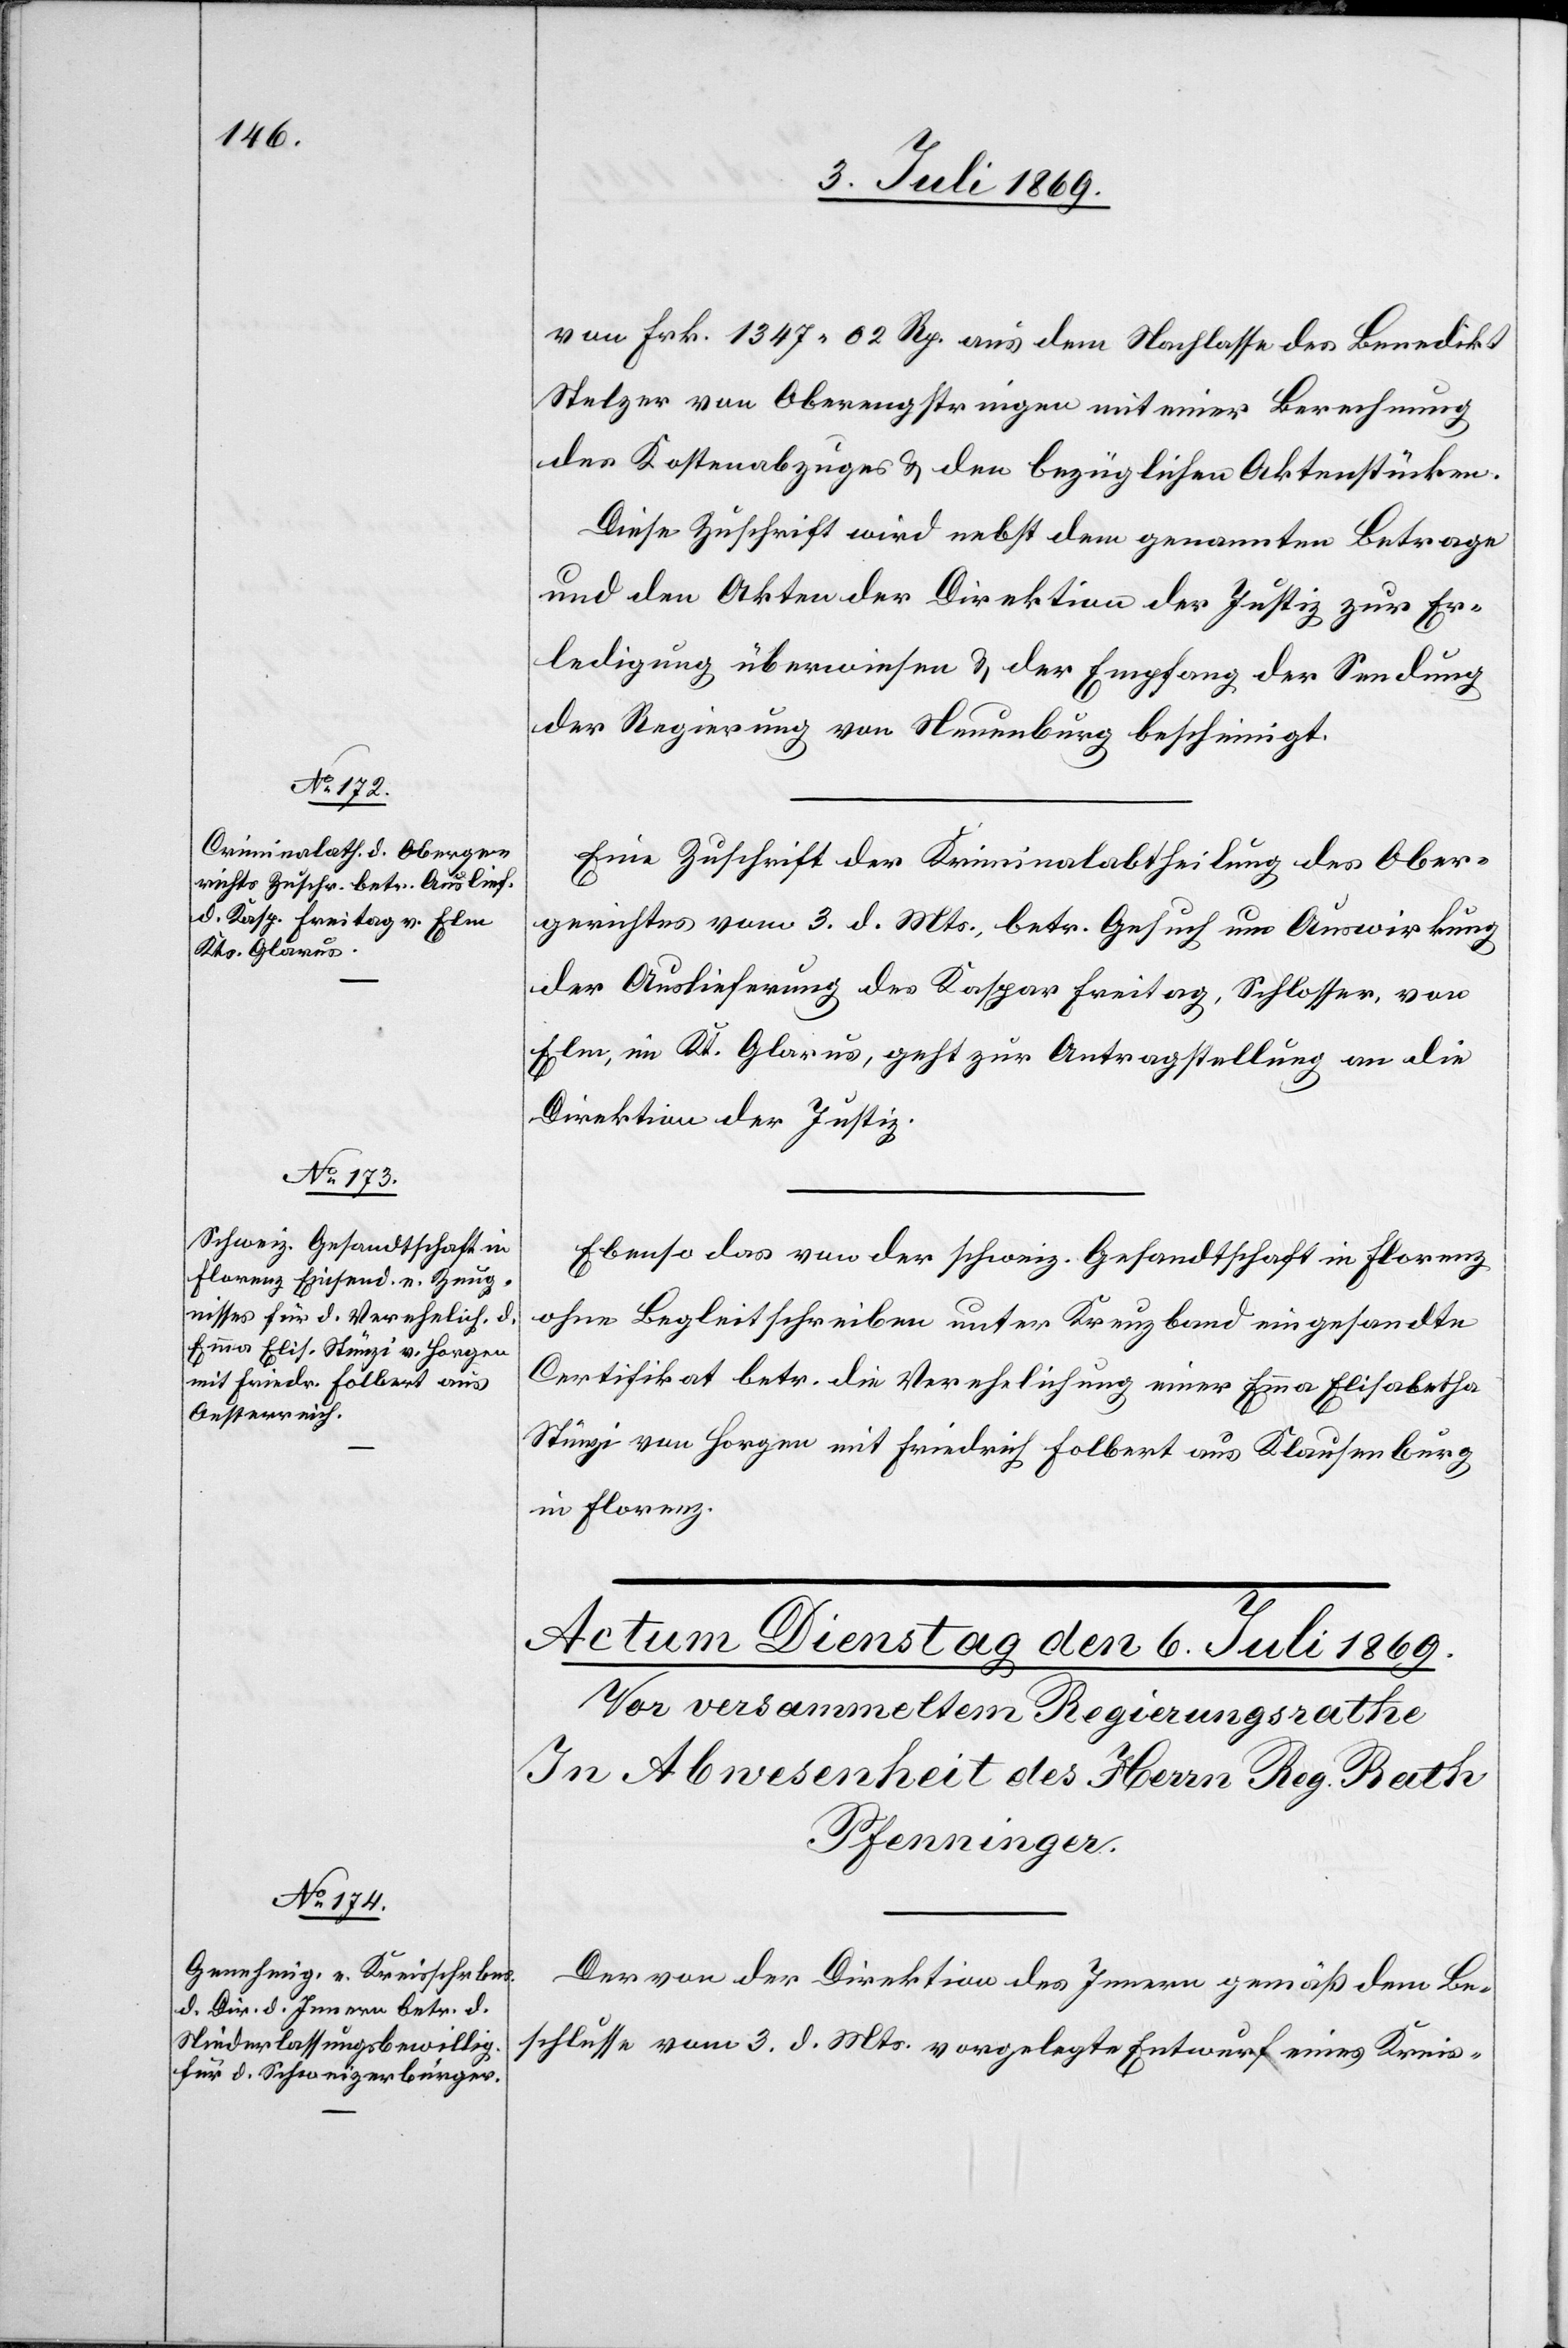
5. Juli 1869.]
von Frk. 1347.62 Rp. aus dem Nachlasse des Benedikt
Stelzer von Oberengstringen mit einer Berechnung
des Kostenabzuges u. den bezüglichen Aktenstücken.
Diese Zuschrift wird nebst dem genannten Betrage
und den Akten der Direktion der Justiz zur Er¬
ledigung überwiesen u. der Empfang der Sendung
der Regierung von Neuenburg bescheinigt.
Eine Zuschrift der Kriminalabtheilung des Ober¬
gerichtes vom 3. d. Mts. betr. Gesuch um Auswirkung
der Auslieferung des Kaspar Freitag, Schlosser, von
Elm, im Kt. Glarus, geht zur Antragstellung an die
Direktion der Justiz.
Ebenso das von der schweiz. Gesandtschaft in Florenz
ohne Begleitschreiben unter Kreuzband eingesandte
Certifikat betr. die Verehelichung einer Emma Elisabetha
Stünzi von Horgen mit Friedrich Folbert aus Klausenburg
in Florenz
Der von der Direktion des Innern gemäß dem Be¬
schlusse vom 3. d. Mts. vorgelegte Entwurf eines Kreis-